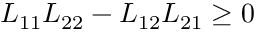
L _ { 1 1 } L _ { 2 2 } - L _ { 1 2 } L _ { 2 1 } \geq 0